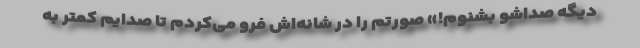
دیگه صداشو بشنوم!» صورتم را در شانه‌اش فرو می‌کردم تا صدایم کمتر به